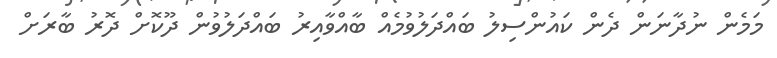
މަމެން ނުދާނަން ދެން ކައުންސިލު ބައްދަލުވުމެއް ބާއްވާއިރު ބައްދަލުވުން ދޫކޮށް ދޮރު ބާރަށް